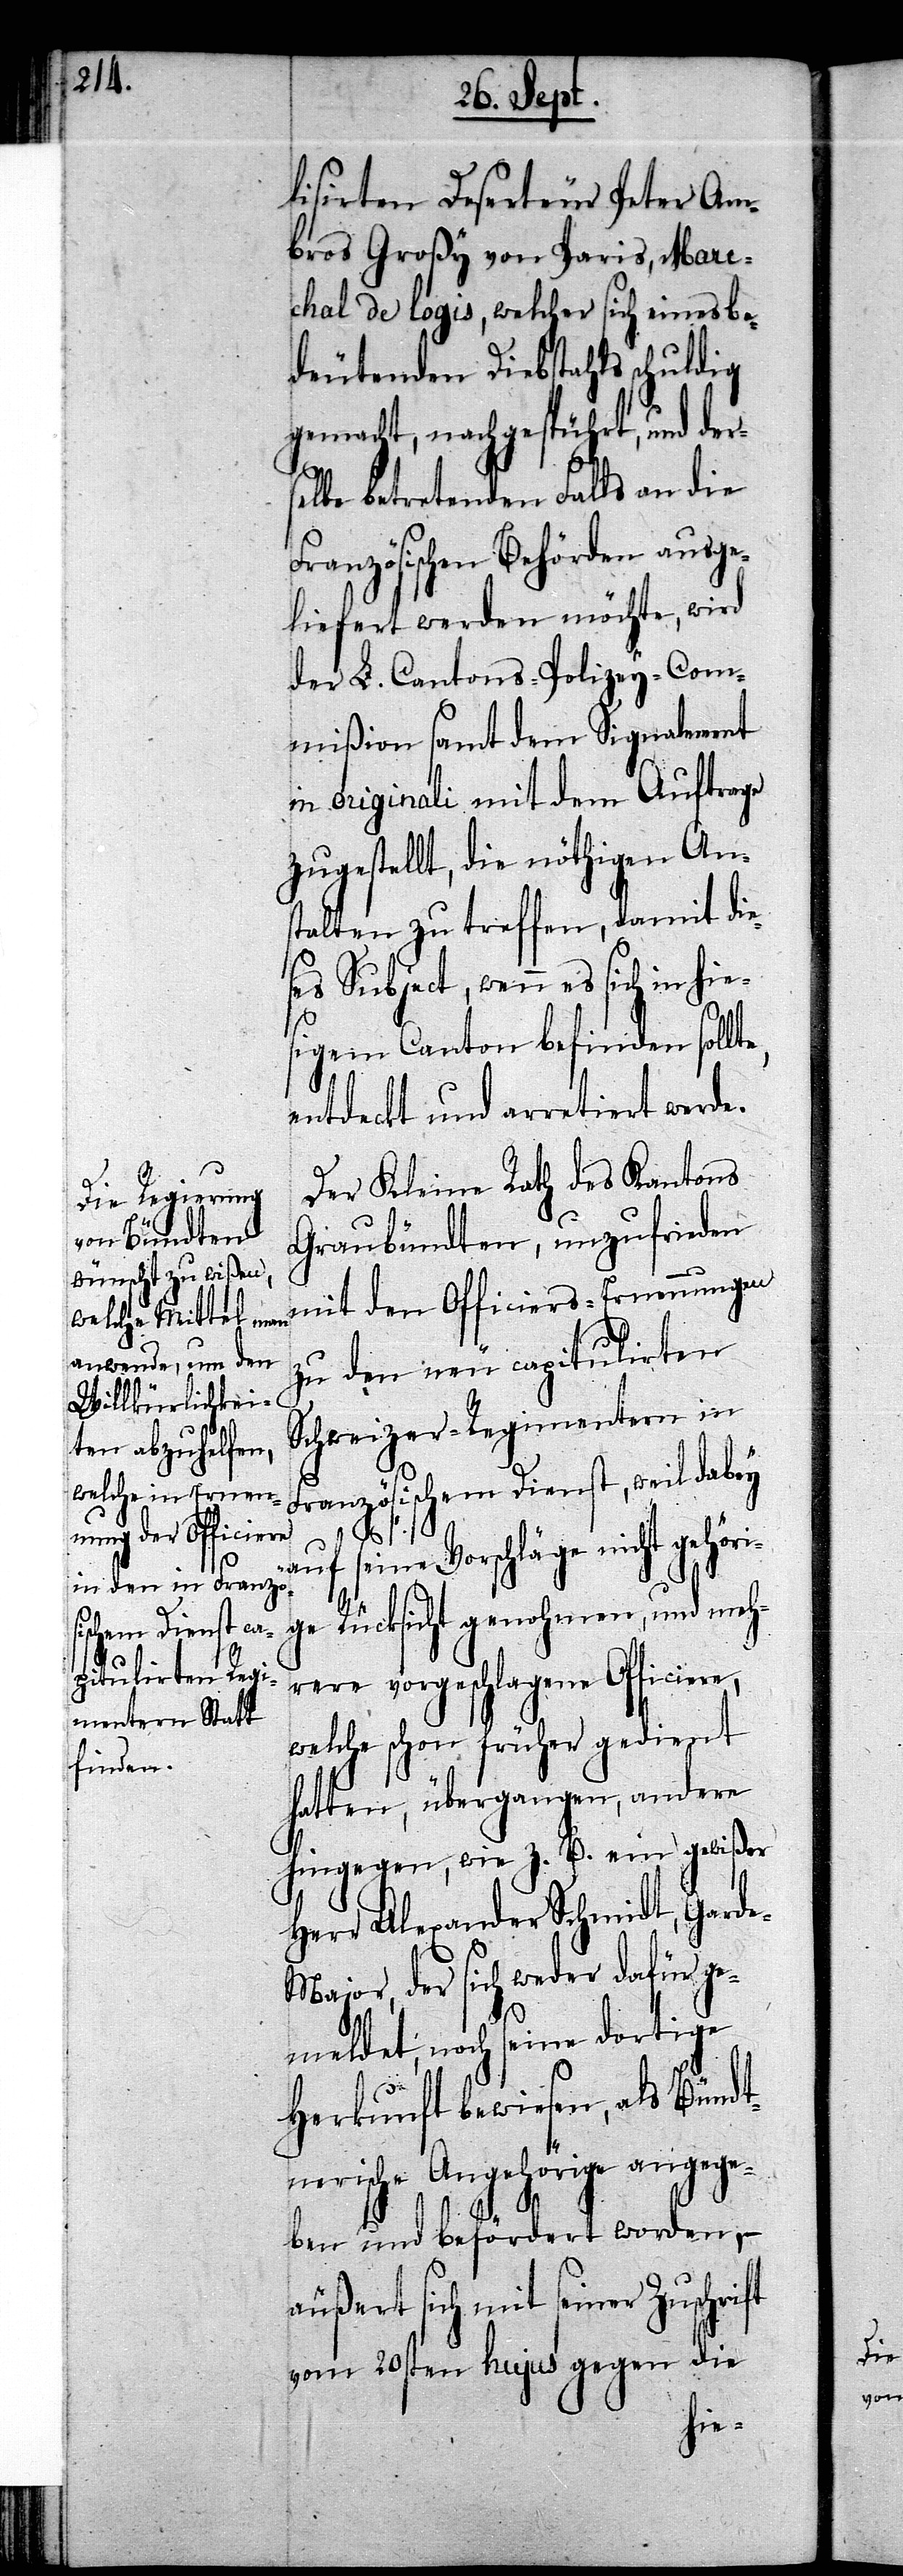
lisirten Deserteur Peter Am¬
bros Großy von Paris, Mare¬
chal de logis, welcher sich eines be¬
deutenden Diebstahls schuldig
gemacht, nachgespührt, und der¬
selbe betretenden Falls an die
Französischen Behörden ausge¬
liefert werden möchte, wird
der L. Cantons-Polizey-Com¬
mißion samt dem Signalement
in originali mit dem Auftrage
zugestellt, die nöthigen An¬
stalten zu treffen, damit die¬
ses Subject, wenn es sich in
sigem Canton befinden soll¬
entdeckt und arretiert werde.
Der Kleine Rath des Kantons
Graubündten, unzufrieden
mit den Officiers-Ernennungen
zu den neu capitulirten
Schweizer-Regimentern in
Französischem Dienst, weil dabey
auf seine Vorschläge nicht gehöri¬
te,
ge Rücksicht genohmen, und meh¬
rere vorgeschlagene Officiere,
welche schon früher gedient
hatten, übergangen, andere
hingegen, wie z. B. ein gewißer
Herr Alexander Schmidt, Gard¬
e-Major, der sich weder dafür ge¬
meldet, noch seine dortige
Herkunft bewiesen, als Bündt¬
nerische Angehörige angege¬
ben und befördert worden, –
äußert sich mit seiner Zuschrift
vom 20sten hujus gegen die
hie¬